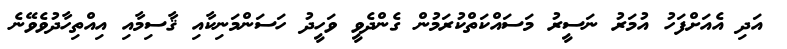
އަދި އެއަށްފަހު އުމަރު ނަސީރު މަސައްކަތްކުރަމުން ގެންދެވީ ވަހީދު ހަސަންމަނިކާއި ޤާސިމާއި އިއްތިހާދުވެވޭނެ